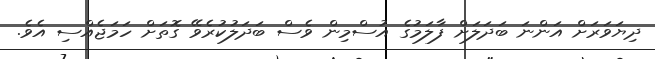
ދިޔަވަރަށް އަންނަ ބަދަލަށް ފާލަމުގެ އުސްމިން ވެސް ބަދަލުކުރެވޭ ގޮތަށް ހަމަޖެއްސި އެވެ.